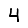
Digit: 4